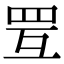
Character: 𦊂